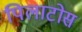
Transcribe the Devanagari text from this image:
पिलाटोस